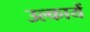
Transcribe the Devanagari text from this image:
उल्कायें